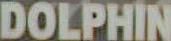
DOLPHIN